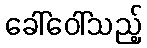
ခေါ်ဝေါ်သည့်